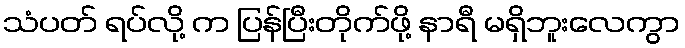
သံပတ် ရပ်လို့ က ပြန်ပြီးတိုက်ဖို့ နာရီ မရှိဘူးလေကွာ